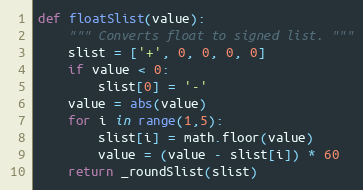
Language: Python
def floatSlist(value):
    """ Converts float to signed list. """
    slist = ['+', 0, 0, 0, 0]
    if value < 0:
        slist[0] = '-'
    value = abs(value)
    for i in range(1,5):
        slist[i] = math.floor(value)
        value = (value - slist[i]) * 60
    return _roundSlist(slist)